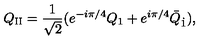
Q _ { \mathrm { I I } } = \frac { 1 } { \sqrt { 2 } } ( e ^ { - i \pi / 4 } Q _ { 1 } + e ^ { i \pi / 4 } \bar { Q } _ { \dot { 1 } } ) ,